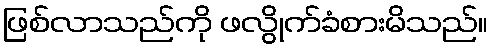
ဖြစ်လာသည်ကို ဖလွိုက်ခံစားမိသည်။